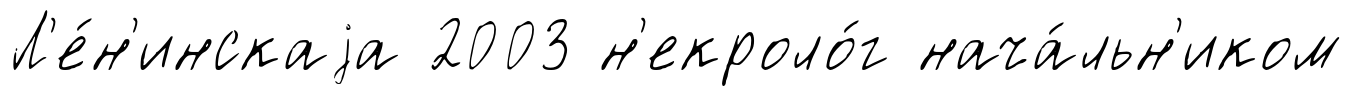
Л'е́н'инскаjа 2003 н'екроло́г нача́льн'иком